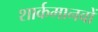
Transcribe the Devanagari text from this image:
शार्कमानवों